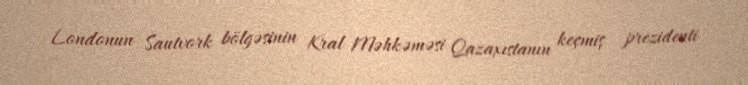
Londonun Sautvork bölgəsinin Kral Məhkəməsi Qazaxıstanın keçmiş prezidenti